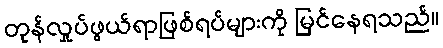
တုန်လှုပ်ဖွယ်ရာဖြစ်ရပ်များကို မြင်နေရသည်။